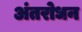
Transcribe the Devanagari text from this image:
अंतरोधन